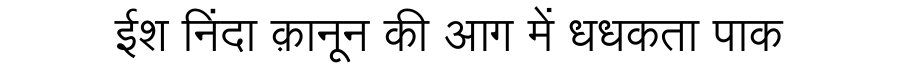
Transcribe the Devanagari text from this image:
ईश निंदा क़ानून की आग में धधकता पाक